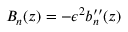
B _ { n } ( z ) = - \epsilon ^ { 2 } b _ { n } ^ { \prime \prime } ( z )